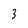
Character: 3